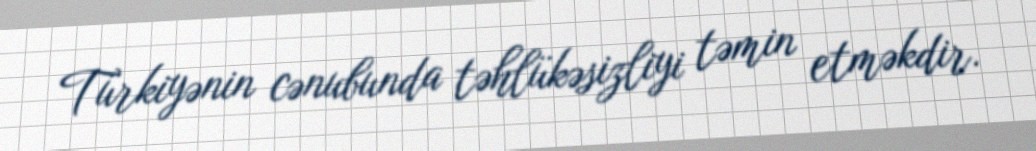
Türkiyənin cənubunda təhlükəsizliyi təmin etməkdir.